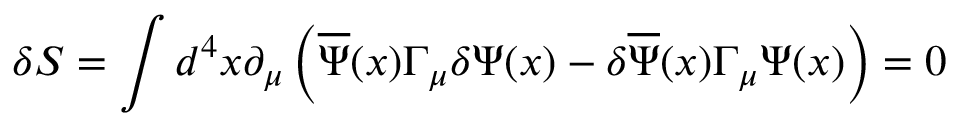
\delta S = \int d ^ { 4 } x \partial _ { \mu } \left( \overline { { { \Psi } } } ( x ) \Gamma _ { \mu } \delta \Psi ( x ) - \delta \overline { { { \Psi } } } ( x ) \Gamma _ { \mu } \Psi ( x ) \right) = 0